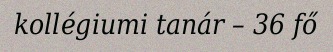
kollégiumi tanár – 36 fő